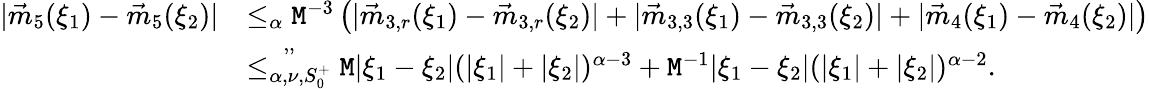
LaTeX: \begin{array}{rl}{|\vec{m}_{5}(\xi_{1})-\vec{m}_{5}(\xi_{2})|}&{\le_{\alpha}\mathtt{M}^{-3}\left(|\vec{m}_{3,r}(\xi_{1})-\vec{m}_{3,r}(\xi_{2})|+|\vec{m}_{3,3}(\xi_{1})-\vec{m}_{3,3}(\xi_{2})|+|\vec{m}_{4}(\xi_{1})-\vec{m}_{4}(\xi_{2})|\right)}\\ &{\overset{,,}{\le_{\alpha,\nu,S_{0}^{+}}}\mathtt{M}|\xi_{1}-\xi_{2}|(|\xi_{1}|+|\xi_{2}|)^{\alpha-3}+\mathtt{M}^{-1}|\xi_{1}-\xi_{2}|(|\xi_{1}|+|\xi_{2}|)^{\alpha-2}.}\end{array}